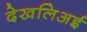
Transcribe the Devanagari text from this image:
देखलिअई